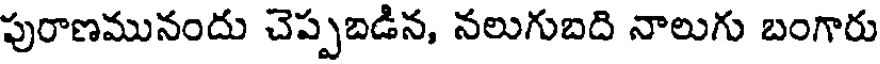
పురాణమునందు చెప్పబడిన, నలుగుబది నాలుగు బంగారు